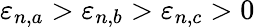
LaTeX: \varepsilon_{n,a}>\varepsilon_{n,b}>\varepsilon_{n,c}>0